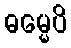
ဓမ္မေပိ